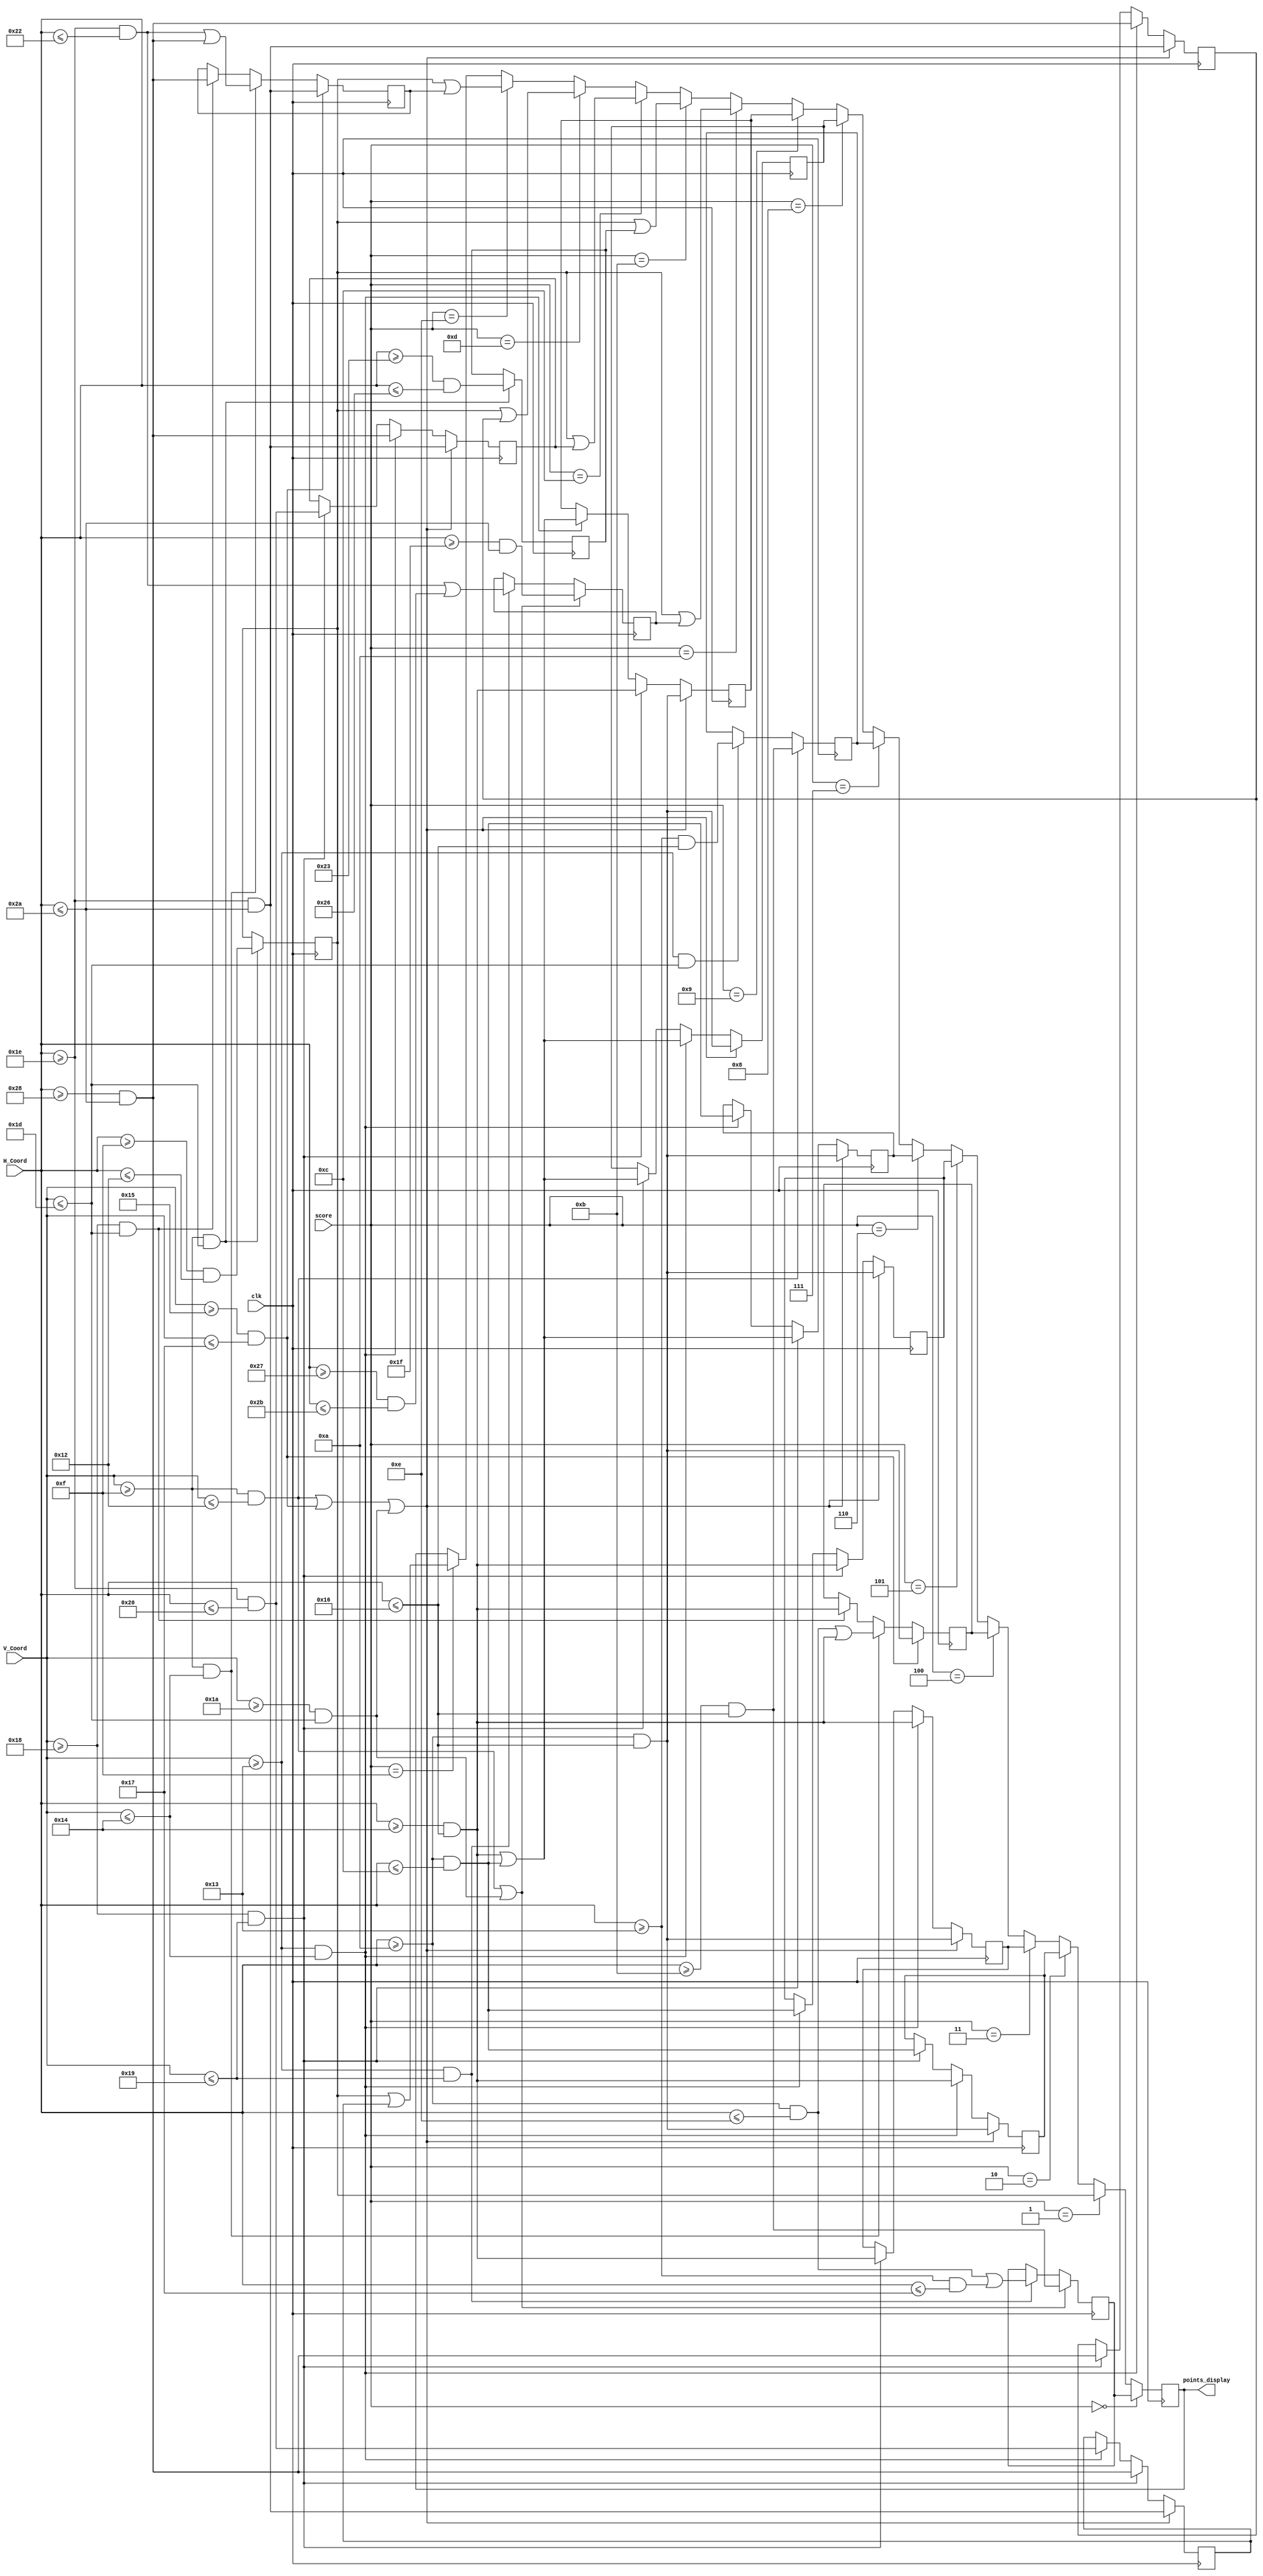
module Module_Score_Numbers ( input clk,
										input [7:0] score,
										input [9:0] H_Coord,
										input [9:0] V_Coord,

										output reg points_display);

reg zero, zero2, one, one2, two, two2, three, three2, four, four2, five, five2, six, six2, seven, seven2, eight, eight2, nine, nine2;
parameter shift = 10'd20;

always @(posedge clk) begin
	//zero
	if ((V_Coord >= 10'd15 && V_Coord <= 10'd18) || (V_Coord >= 10'd26 && V_Coord <= 10'd29)) begin
		zero = (H_Coord >= 10'd11) && (H_Coord <= 10'd22);
	end else if (V_Coord >= 10'd19 && V_Coord <= 10'd25) begin
		zero = ((H_Coord >= 10'd10) && (H_Coord <= 10'd14) || (H_Coord >= 10'd19) && (H_Coord <= 10'd23));
	end
	//one
	if ((V_Coord >= 10'd15 && V_Coord <= 10'd29)) begin
		one = (H_Coord >= 10'd15) && (H_Coord <= 10'd18);
	end
	//two
	if ((V_Coord >= 10'd15 && V_Coord <= 10'd18) || (V_Coord >= 10'd21 && V_Coord <= 10'd23) || (V_Coord >= 10'd26 && V_Coord <= 10'd29)) begin
		two = (H_Coord >= 10'd10) && (H_Coord <= 10'd22);
	end else if (V_Coord >= 10'd19 && V_Coord <= 10'd20) begin
		two = ((H_Coord >= 10'd20) && (H_Coord <= 10'd22));
	end else if (V_Coord >= 10'd24 && V_Coord <= 10'd25) begin
		two = ((H_Coord >= 10'd10) && (H_Coord <= 10'd12));
	end 
	//three
	if ((V_Coord >= 10'd15 && V_Coord <= 10'd18) || (V_Coord >= 10'd21 && V_Coord <= 10'd23) || (V_Coord >= 10'd26 && V_Coord <= 10'd29)) begin
		three = (H_Coord >= 10'd10) && (H_Coord <= 10'd22);
	end else if (V_Coord >= 10'd19 && V_Coord <= 10'd20) begin
		three = ((H_Coord >= 10'd20) && (H_Coord <= 10'd22));
	end else if (V_Coord >= 10'd24 && V_Coord <= 10'd25) begin
		three = ((H_Coord >= 10'd20) && (H_Coord <= 10'd22));
	end
	//four
	if (V_Coord >= 10'd21 && V_Coord <= 10'd23) begin
		four = (H_Coord >= 10'd10) && (H_Coord <= 10'd22);
	end else if (V_Coord >= 10'd15 && V_Coord <= 10'd20) begin
		four = ((H_Coord >= 10'd10) && (H_Coord <= 10'd14) || (H_Coord >= 10'd20) && (H_Coord <= 10'd22));
	end else if (V_Coord >= 10'd24 && V_Coord <= 10'd29) begin
		four = ((H_Coord >= 10'd20) && (H_Coord <= 10'd22));
	end
	//five
	if ((V_Coord >= 10'd15 && V_Coord <= 10'd18) || (V_Coord >= 10'd21 && V_Coord <= 10'd23) || (V_Coord >= 10'd26 && V_Coord <= 10'd29)) begin
		five = (H_Coord >= 10'd10) && (H_Coord <= 10'd22);
	end else if (V_Coord >= 10'd24 && V_Coord <= 10'd25) begin
		five = ((H_Coord >= 10'd20) && (H_Coord <= 10'd22));
	end else if (V_Coord >= 10'd19 && V_Coord <= 10'd20) begin
		five = ((H_Coord >= 10'd10) && (H_Coord <= 10'd12));
	end 
	//six
	if ((V_Coord >= 10'd15 && V_Coord <= 10'd18) || (V_Coord >= 10'd21 && V_Coord <= 10'd23) || (V_Coord >= 10'd26 && V_Coord <= 10'd29)) begin
		six = (H_Coord >= 10'd10) && (H_Coord <= 10'd22);
	end else if (V_Coord >= 10'd24 && V_Coord <= 10'd25) begin
		six = ((H_Coord >= 10'd20) && (H_Coord <= 10'd22) || (H_Coord >= 10'd10) && (H_Coord <= 10'd12));
	end else if (V_Coord >= 10'd19 && V_Coord <= 10'd20) begin
		six = ((H_Coord >= 10'd10) && (H_Coord <= 10'd12));
	end  
	//seven
	if ((V_Coord >= 10'd15 && V_Coord <= 10'd18)) begin
		seven = (H_Coord >= 10'd11) && (H_Coord <= 10'd22);
	end else if (V_Coord >= 10'd19 && V_Coord <= 10'd29) begin
		seven = ((H_Coord >= 10'd19) && (H_Coord <= 10'd22));
	end 
	//eight
	if ((V_Coord >= 10'd15 && V_Coord <= 10'd18) || (V_Coord >= 10'd21 && V_Coord <= 10'd23) || (V_Coord >= 10'd26 && V_Coord <= 10'd29)) begin
		eight = (H_Coord >= 10'd10) && (H_Coord <= 10'd22);
	end else if (V_Coord >= 10'd19 && V_Coord <= 10'd20) begin
		eight = ((H_Coord >= 10'd20) && (H_Coord <= 10'd22) || (H_Coord >= 10'd10) && (H_Coord <= 10'd12));
	end else if (V_Coord >= 10'd24 && V_Coord <= 10'd25) begin
		eight = ((H_Coord >= 10'd20) && (H_Coord <= 10'd22) || (H_Coord >= 10'd10) && (H_Coord <= 10'd12));
	end
	//nine
	if ((V_Coord >= 10'd15 && V_Coord <= 10'd18) || (V_Coord >= 10'd21 && V_Coord <= 10'd23) || (V_Coord >= 10'd26 && V_Coord <= 10'd29)) begin
		nine = (H_Coord >= 10'd10) && (H_Coord <= 10'd22);
	end else if (V_Coord >= 10'd24 && V_Coord <= 10'd25) begin
		nine = ((H_Coord >= 10'd20) && (H_Coord <= 10'd22));
	end else if (V_Coord >= 10'd19 && V_Coord <= 10'd20) begin
		nine = ((H_Coord >= 10'd20) && (H_Coord <= 10'd22) || (H_Coord >= 10'd10) && (H_Coord <= 10'd12));
	end  
	//traslated numbers for the second digit
	if ((V_Coord >= 10'd15 && V_Coord <= 10'd18) || (V_Coord >= 10'd26 && V_Coord <= 10'd29)) begin
		zero2 = (H_Coord >= 10'd11 + shift) && (H_Coord <= 10'd22 + shift);
	end else if (V_Coord >= 10'd19 && V_Coord <= 10'd25) begin
		zero2 = ((H_Coord >= 10'd10 + shift) && (H_Coord <= 10'd14 + shift) || (H_Coord >= 10'd19 + shift) && (H_Coord <= 10'd23 + shift));
	end
	//one
	if ((V_Coord >= 10'd15 && V_Coord <= 10'd29)) begin
		one2 = (H_Coord >= 10'd15 + shift) && (H_Coord <= 10'd18 + shift);
	end
	//two
	if ((V_Coord >= 10'd15 && V_Coord <= 10'd18) || (V_Coord >= 10'd21 && V_Coord <= 10'd23) || (V_Coord >= 10'd26 && V_Coord <= 10'd29)) begin
		two2 = (H_Coord >= 10'd10 + shift) && (H_Coord <= 10'd22 + shift);
	end else if (V_Coord >= 10'd19 && V_Coord <= 10'd20) begin
		two2 = ((H_Coord >= 10'd20 + shift) && (H_Coord <= 10'd22 + shift));
	end else if (V_Coord >= 10'd24 && V_Coord <= 10'd25) begin
		two2 = ((H_Coord >= 10'd10 + shift) && (H_Coord <= 10'd12 + shift));
	end 
	//three
	if ((V_Coord >= 10'd15 && V_Coord <= 10'd18) || (V_Coord >= 10'd21 && V_Coord <= 10'd23) || (V_Coord >= 10'd26 && V_Coord <= 10'd29)) begin
		three2 = (H_Coord >= 10'd10 + shift) && (H_Coord <= 10'd22 + shift);
	end else if (V_Coord >= 10'd19 && V_Coord <= 10'd20) begin
		three2 = ((H_Coord >= 10'd20 + shift) && (H_Coord <= 10'd22 + shift));
	end else if (V_Coord >= 10'd24 && V_Coord <= 10'd25) begin
		three2 = ((H_Coord >= 10'd20 + shift) && (H_Coord <= 10'd22 + shift));
	end
	//four
	if (V_Coord >= 10'd21 && V_Coord <= 10'd23) begin
		four2 = (H_Coord >= 10'd10 + shift) && (H_Coord <= 10'd22 + shift);
	end else if (V_Coord >= 10'd15 && V_Coord <= 10'd20) begin
		four2 = ((H_Coord >= 10'd10 + shift) && (H_Coord <= 10'd14 + shift) || (H_Coord >= shift + 10'd20) && (H_Coord <= 10'd22 + shift));
	end else if (V_Coord >= 10'd24 && V_Coord <= 10'd29) begin
		four2 = ((H_Coord >= 10'd20 + shift) && (H_Coord <= 10'd22 + shift));
	end
	//five
	if ((V_Coord >= 10'd15 && V_Coord <= 10'd18) || (V_Coord >= 10'd21 && V_Coord <= 10'd23) || (V_Coord >= 10'd26 && V_Coord <= 10'd29)) begin
		five2 = (H_Coord >= 10'd10 + shift) && (H_Coord <= 10'd22 + shift);
	end else if (V_Coord >= 10'd24 && V_Coord <= 10'd25) begin
		five2 = ((H_Coord >= 10'd20 + shift) && (H_Coord <= 10'd22 + shift));
	end else if (V_Coord >= 10'd19 && V_Coord <= 10'd20) begin
		five2 = ((H_Coord >= 10'd10 + shift) && (H_Coord <= 10'd12 + shift));
	end 
	//six
	if ((V_Coord >= 10'd15 && V_Coord <= 10'd18) || (V_Coord >= 10'd21 && V_Coord <= 10'd23) || (V_Coord >= 10'd26 && V_Coord <= 10'd29)) begin
		six2 = (H_Coord >= 10'd10 + shift) && (H_Coord <= 10'd22 + shift);
	end else if (V_Coord >= 10'd24 && V_Coord <= 10'd25) begin
		six2 = ((H_Coord >= 10'd20 + shift) && (H_Coord <= 10'd22 + shift) || (H_Coord >= 10'd10 + shift) && (H_Coord <= 10'd12 + shift));
	end else if (V_Coord >= 10'd19 && V_Coord <= 10'd20) begin
		six2 = ((H_Coord >= 10'd10 + shift) && (H_Coord <= 10'd12 + shift));
	end  
	//seven
	if ((V_Coord >= 10'd15 && V_Coord <= 10'd18)) begin
		seven2 = (H_Coord >= 10'd11 + shift) && (H_Coord <= 10'd22 + shift);
	end else if (V_Coord >= 10'd19 && V_Coord <= 10'd29) begin
		seven2 = ((H_Coord >= 10'd19 + shift) && (H_Coord <= 10'd22 + shift));
	end 
	//eight
	if ((V_Coord >= 10'd15 && V_Coord <= 10'd18) || (V_Coord >= 10'd21 && V_Coord <= 10'd23) || (V_Coord >= 10'd26 && V_Coord <= 10'd29)) begin
		eight2 = (H_Coord >= 10'd10 + shift) && (H_Coord <= 10'd22 + shift);
	end else if (V_Coord >= 10'd19 && V_Coord <= 10'd20) begin
		eight2 = ((H_Coord >= 10'd20 + shift) && (H_Coord <= 10'd22 + shift) || (H_Coord >= 10'd10 + shift) && (H_Coord <= 10'd12 + shift));
	end else if (V_Coord >= 10'd24 && V_Coord <= 10'd25) begin
		eight2 = ((H_Coord >= 10'd20 + shift) && (H_Coord <= 10'd22 + shift) || (H_Coord >= 10'd10 + shift) && (H_Coord <= 10'd12 + shift));
	end
	//nine
	if ((V_Coord >= 10'd15 && V_Coord <= 10'd18) || (V_Coord >= 10'd21 && V_Coord <= 10'd23) || (V_Coord >= 10'd26 && V_Coord <= 10'd29)) begin
		nine2 = (H_Coord >= 10'd10 + shift) && (H_Coord <= 10'd22 + shift);
	end else if (V_Coord >= 10'd24 && V_Coord <= 10'd25) begin
		nine2 = ((H_Coord >= shift + 10'd20) && (H_Coord <= 10'd22 + shift));
	end else if (V_Coord >= 10'd19 && V_Coord <= 10'd20) begin
		nine2 = ((H_Coord >= 10'd20 + shift) && (H_Coord <= 10'd22 + shift) || (H_Coord >= 10'd10 + shift) && (H_Coord <= 10'd12 + shift));
	end
end

always @(posedge clk) begin
	if (score == 8'd0) begin
		points_display = zero;
	end else if (score == 8'd1) begin
		points_display = one;
	end else if (score == 8'd2) begin
		points_display = two;
	end else if (score == 8'd3) begin
		points_display = three;
	end else if (score == 8'd4) begin
		points_display = four;
	end else if (score == 8'd5) begin
		points_display = five;
	end else if (score == 8'd6) begin 
		points_display = six;
	end else if (score == 8'd7) begin
		points_display = seven;
	end else if (score == 8'd8) begin
		points_display = eight;
	end else if (score == 8'd9) begin
		points_display = nine;
	end else if (score == 8'd10) begin
		points_display = (one | zero2);
	end else if (score == 8'd11) begin
		points_display = one | one2;
	end else if (score == 8'd12) begin
		points_display = one | two2;
	end else if (score == 8'd13) begin
		points_display = one | three2;
	end else if (score == 8'd14) begin
		points_display = one | four2;
	end else if (score == 8'd15) begin
		points_display = one | five2;
	end	
end

endmodule